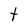
Character: t